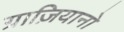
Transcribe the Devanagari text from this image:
ग्राज़ियानो